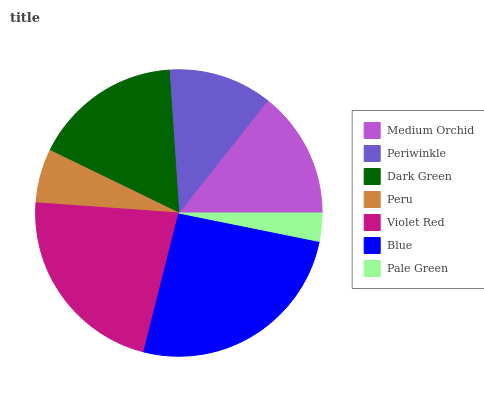
| Medium Orchid | Periwinkle | Dark Green | Peru | Violet Red | Blue | Pale Green |
 | --- | --- | --- | --- | --- | --- | --- |
 | 14.4% | 11.7% | 16.7% | 6.07% | 22.1% | 25.8% | 3.17% |